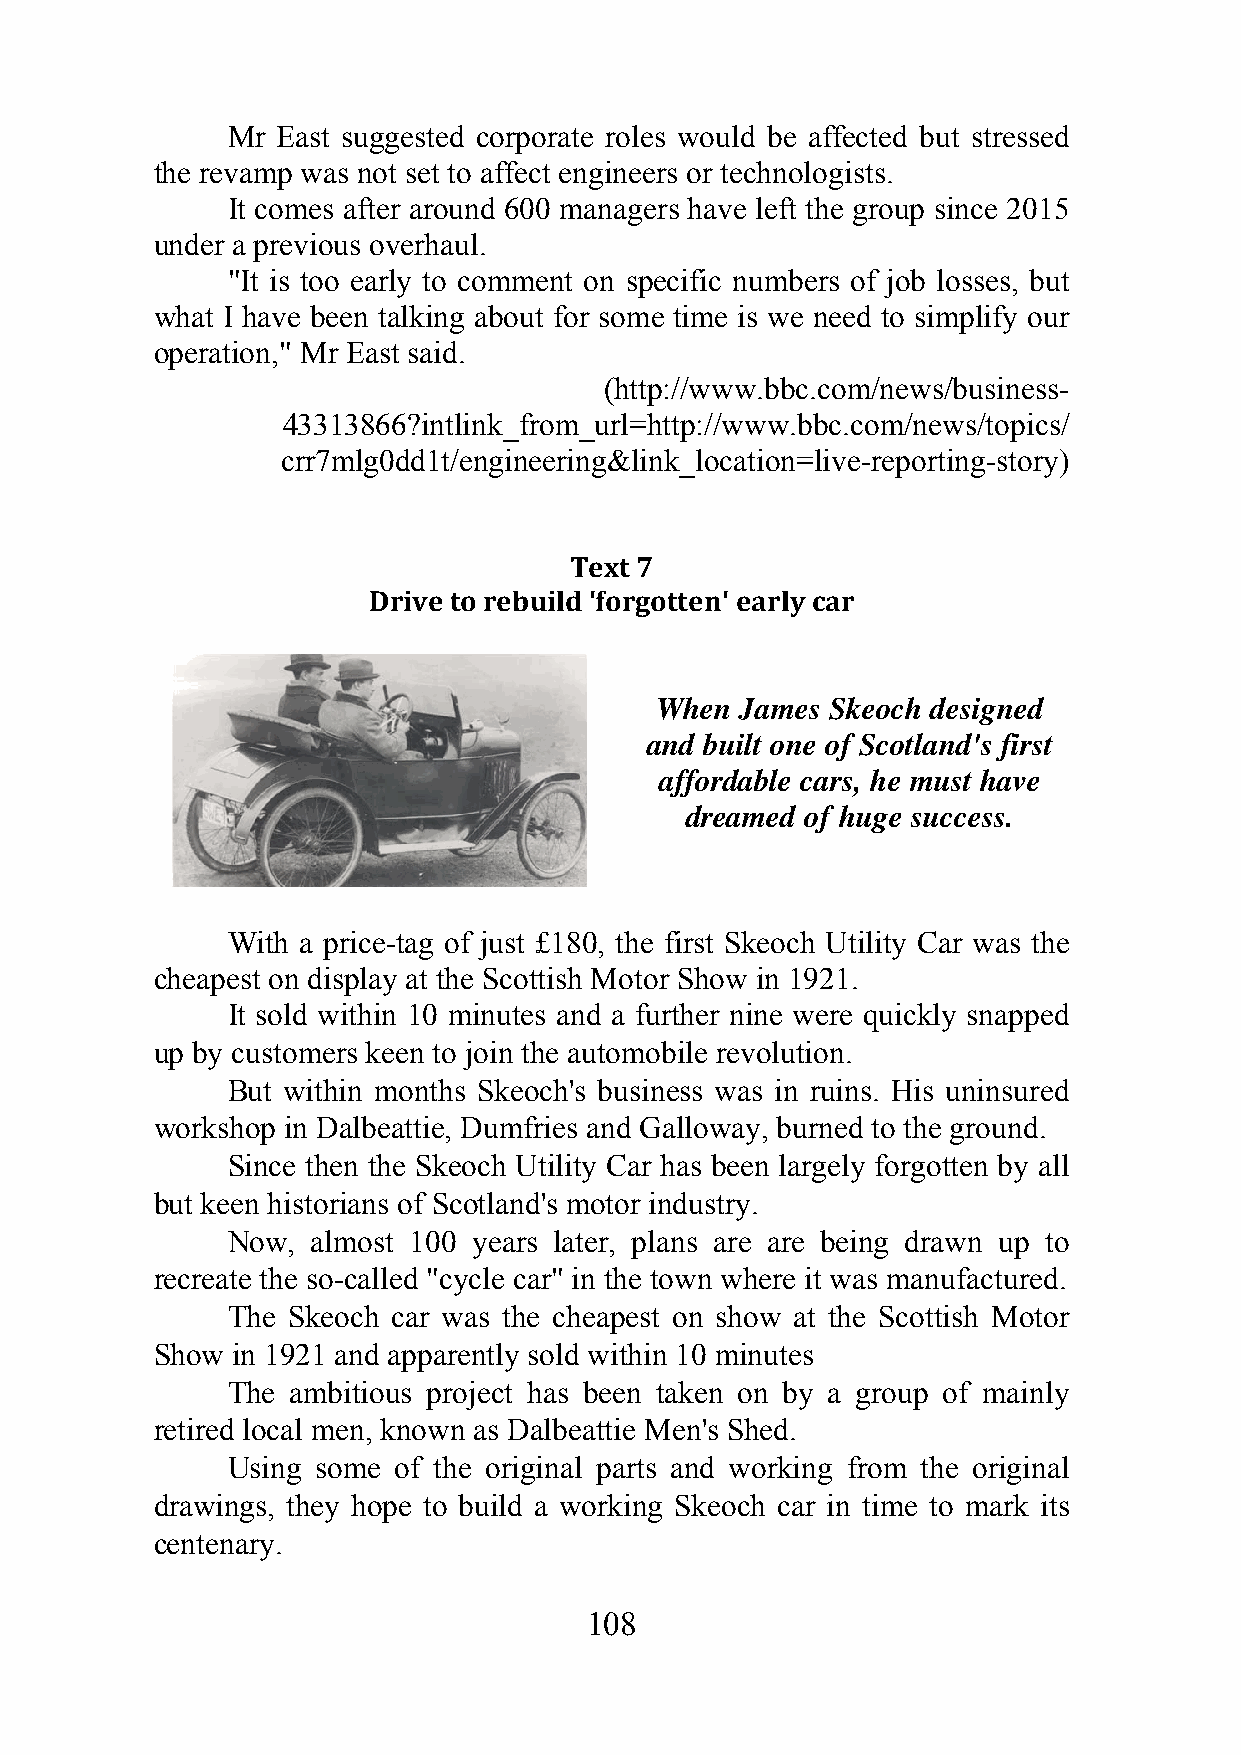
Mr East suggested corporate roles would be affected but stressed
 the revamp was not set to affect engineers or technologists.
 It comes after around 600 managers have left the group since 2015
 under a previous overhaul.
 "It is too early to comment on specific numbers of job losses, but
 what I have been talking about for some time is we need to simplify our
 operation," Mr East said.
 (http://www.bbc.com/news/business-
 43313866?intlink_from_url=http://www.bbc.com/news/topics/
 crr7mlg0dd1t/engineering&link_location=live-reporting-story)
 Text 7
 Drive to rebuild 'forgotten' early car
 When  James Skeoch designed
 and built one of Scotland's first
 affordable cars, he must have
 dreamed of huge success.
 With a price-tag of just £180, the first Skeoch Utility Car was the
 cheapest on display at the Scottish Motor Show in 1921.
 It sold within 10 minutes and a further nine were quickly snapped
 up by customers keen to join the automobile revolution.
 But within months Skeoch's business was in ruins. His uninsured
 workshop in Dalbeattie, Dumfries and Galloway, burned to the ground.
 Since then the Skeoch Utility Car has been largely forgotten by all
 but keen historians of Scotland's motor industry.
 Now,  almost 100 years later, plans are are being drawn up to
 recreate the so-called "cycle car" in the town where it was manufactured.
 The Skeoch car was the cheapest on show at the Scottish Motor
 Show in 1921 and apparently sold within 10 minutes
 The ambitious project has been taken on by a group of mainly
 retired local men, known as Dalbeattie Men's Shed.
 Using some of the original parts and working from the original
 drawings, they hope to build a working Skeoch car in time to mark its
 centenary.
 108